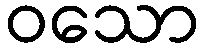
ဝသော